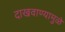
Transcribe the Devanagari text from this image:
दाखवाण्यामुळे